65_HS1-834228961_62-HQ-83894_Serial_449
Agency: FBI
Page 3
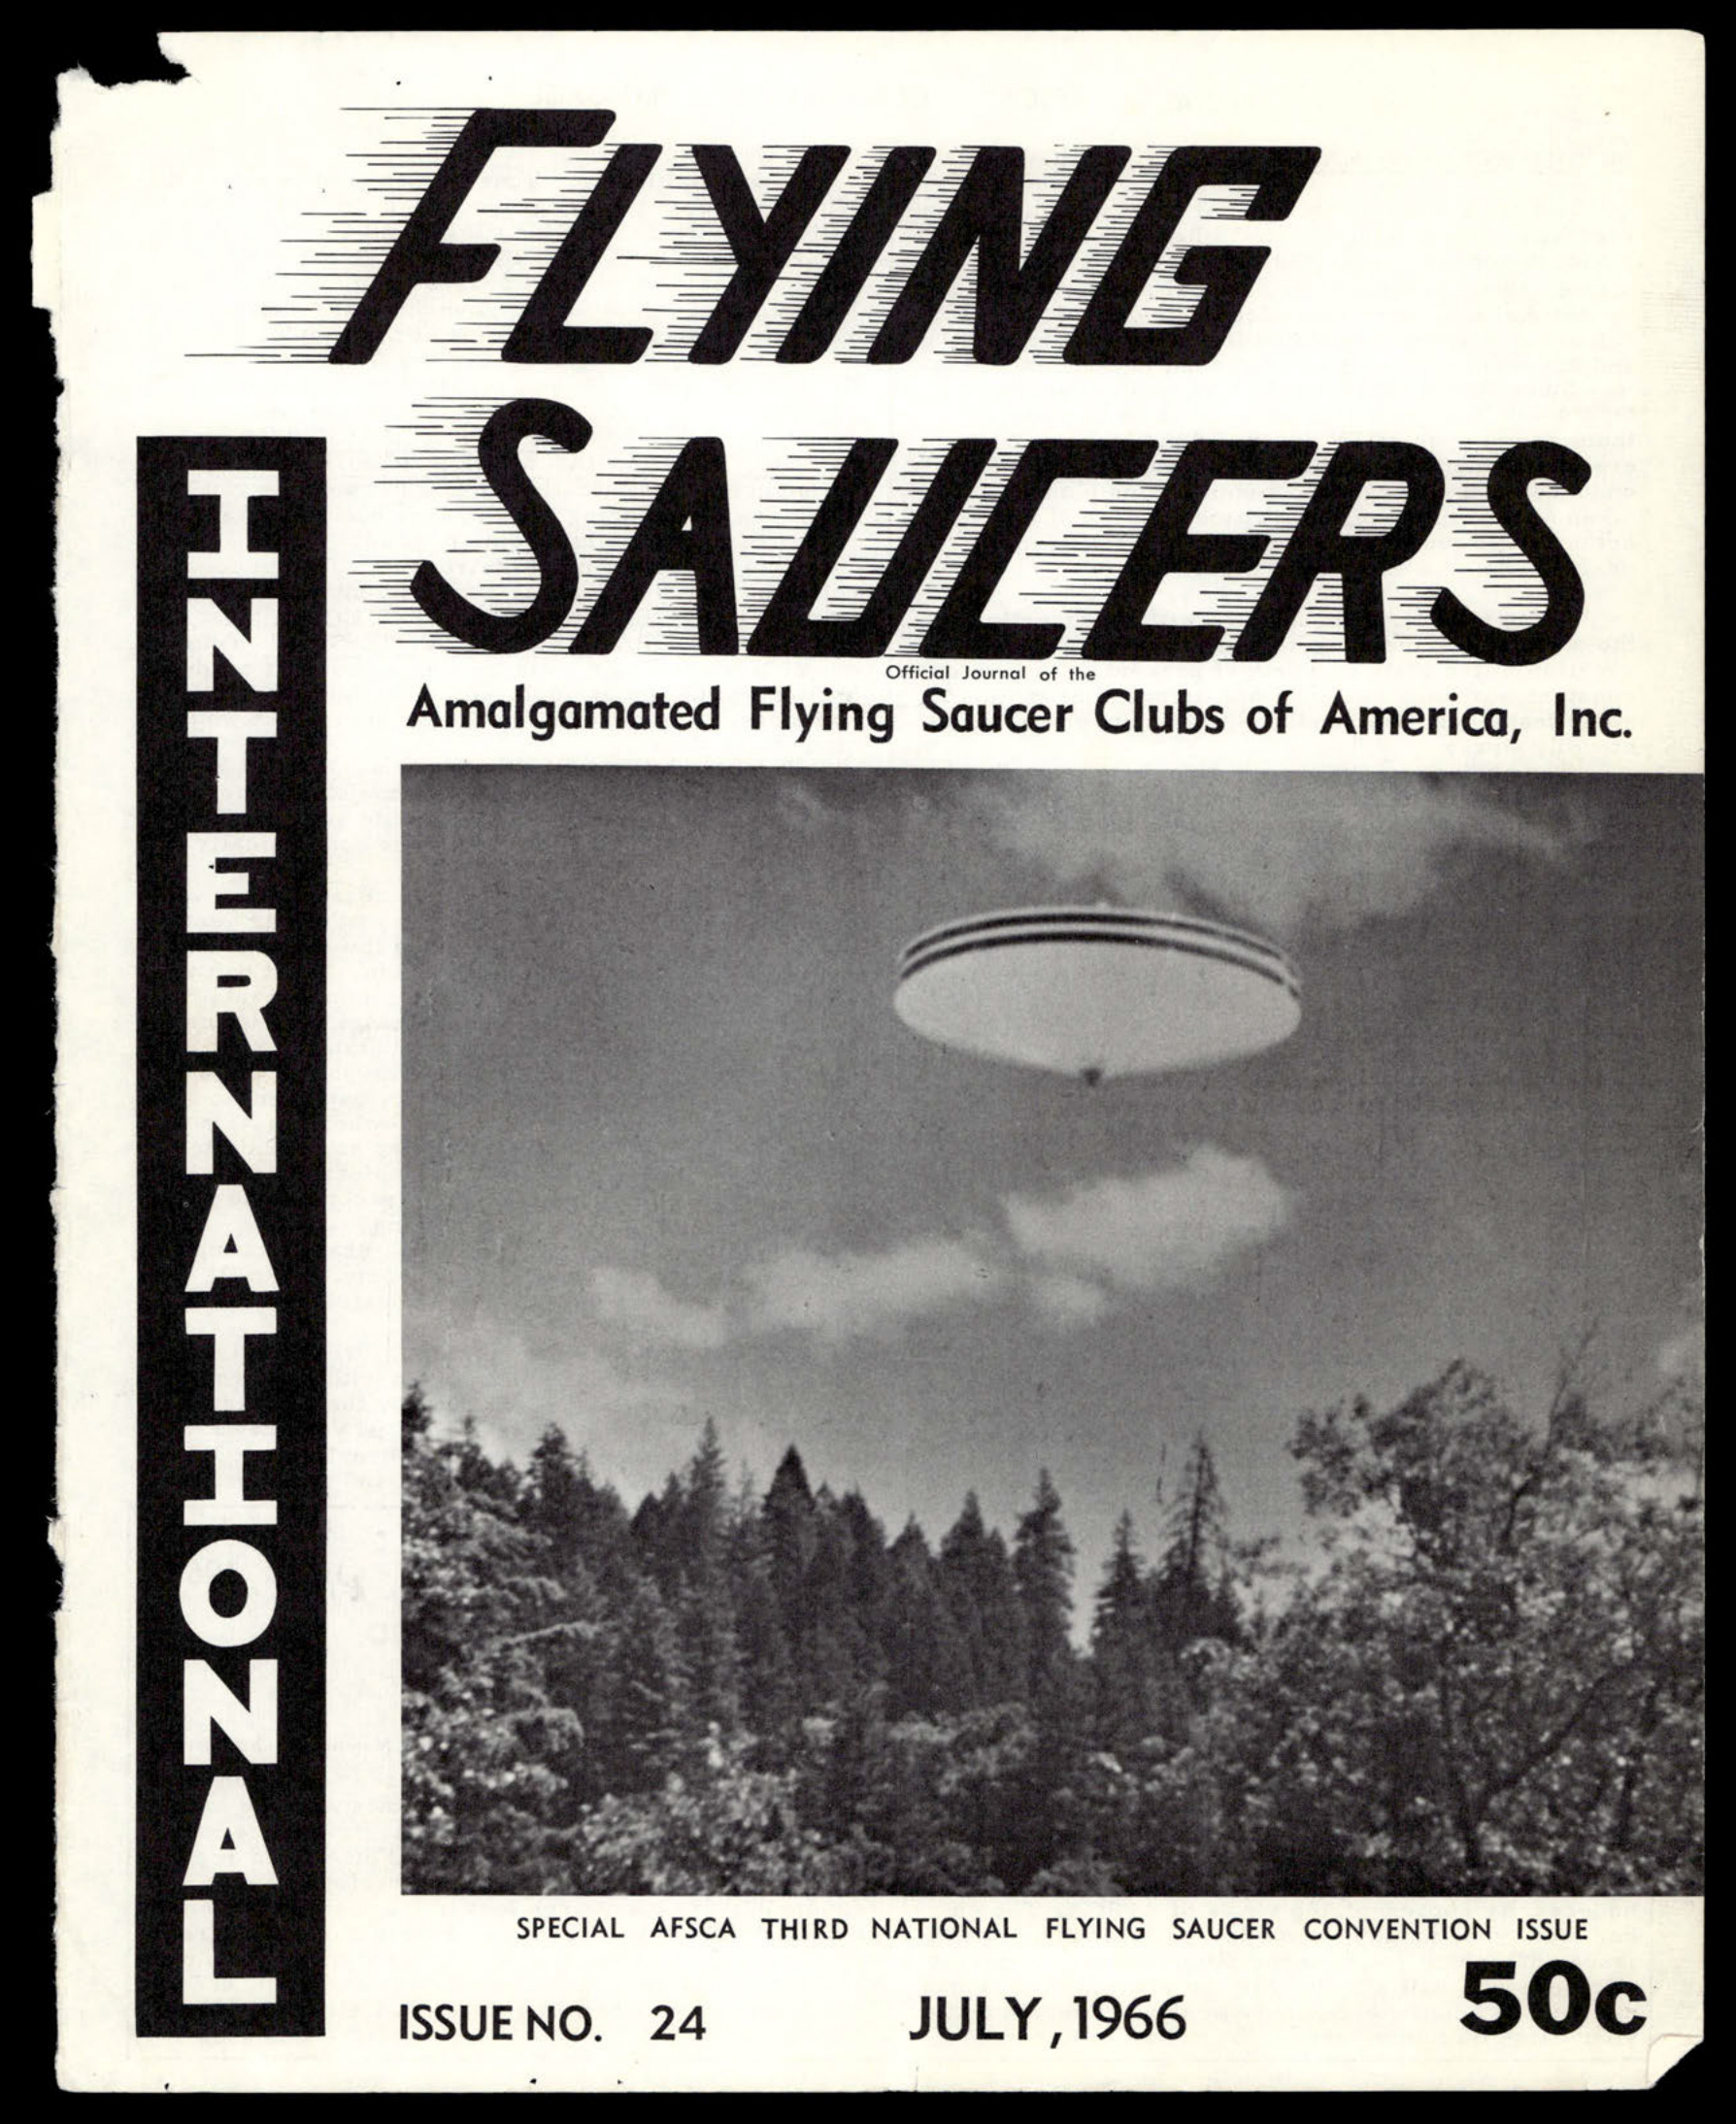